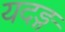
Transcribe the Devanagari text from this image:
यदङ्ग